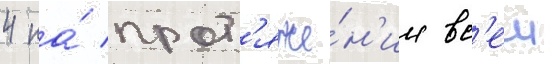
4 на́ прот'яже́н'ии вс'еи